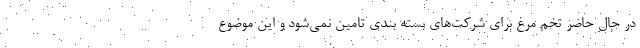
در حال حاضر تخم مرغ برای شرکت‌های بسته بندی تامین نمی‌شود و این موضوع